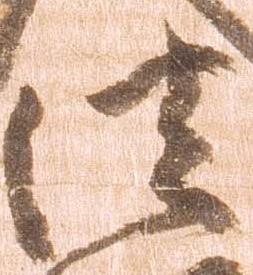
法